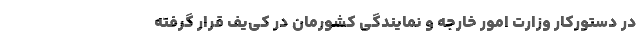
در دستورکار وزارت امور خارجه و نمایندگی کشورمان در کی‌یف قرار گرفته